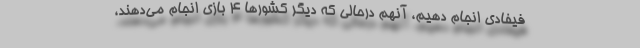
فیفادی انجام دهیم، آنهم درحالی که دیگر کشور‌ها 4 بازی انجام می‌دهند،